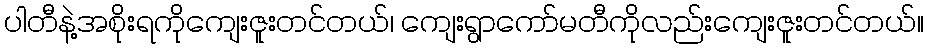
ပါတီနဲ့အစိုးရကိုကျေးဇူးတင်တယ်၊ ကျေးရွာကော်မတီကိုလည်းကျေးဇူးတင်တယ်။